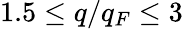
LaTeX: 1.5\leq q/q_{F}\leq 3